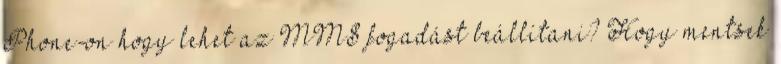
Phone-on hogy lehet az MMS fogadást beállítani? Hogy mentsek